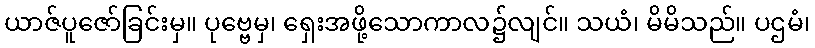
ယာဇ်ပူဇော်ခြင်းမှ။ ပုဗ္ဗေမှ၊ ရှေးအဖို့သောကာလ၌လျင်။ သယံ၊ မိမိသည်။ ပဌမံ၊